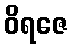
ဝိရဇေ